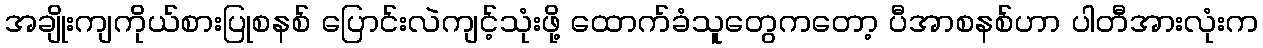
အချိုးကျကိုယ်စားပြုစနစ် ပြောင်းလဲကျင့်သုံးဖို့ ထောက်ခံသူတွေကတော့ ပီအာစနစ်ဟာ ပါတီအားလုံးက